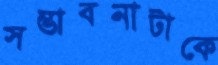
সম্ভাবনাটাকে